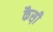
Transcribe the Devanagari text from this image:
कैस़ी